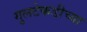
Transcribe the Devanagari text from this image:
गुलटेकडीच्या